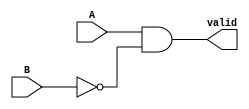
/* Generated by Yosys 0.7 (git sha1 61f6811, gcc 5.4.0-6ubuntu1~16.04.4 -O2 -fstack-protector-strong -fPIC -Os) */

(* top =  1  *)
(* src = "grover_compare10.v:1" *)
module grover_compare10(A, B, valid);
  wire _0_;
  (* src = "grover_compare10.v:2" *)
  input A;
  (* src = "grover_compare10.v:2" *)
  input B;
  (* src = "grover_compare10.v:3" *)
  output valid;
  assign _0_ = ~B;
  assign valid = A & _0_;
endmodule